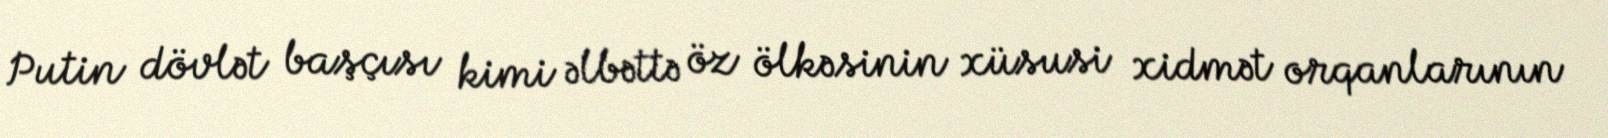
Putin dövlət başçısı kimi əlbəttə öz ölkəsinin xüsusi xidmət orqanlarının